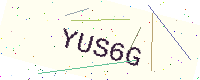
Text: YUS6G